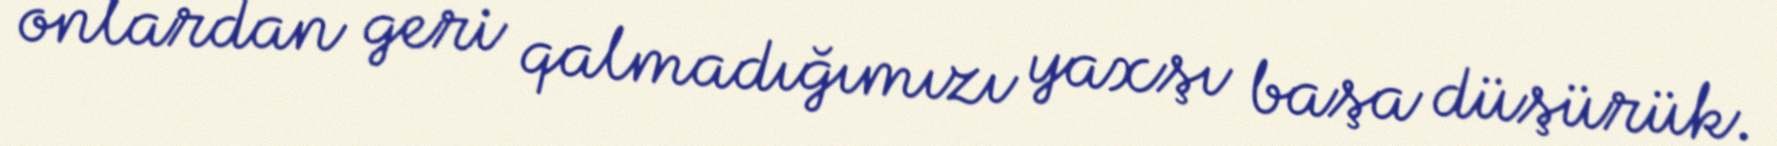
onlardan geri qalmadığımızı yaxşı başa düşürük.